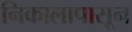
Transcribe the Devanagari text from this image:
निकालापासून